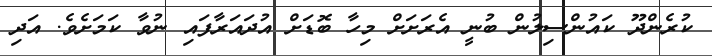
ކުރެންދޫ ކައުންސިލުން ބުނީ އެރަށަށް މިހާ ބޮޑަށް އުދައަރާފައި ނުވާ ކަމަށެވެ. އަދި